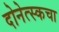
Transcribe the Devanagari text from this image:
दोनेत्स्कचा